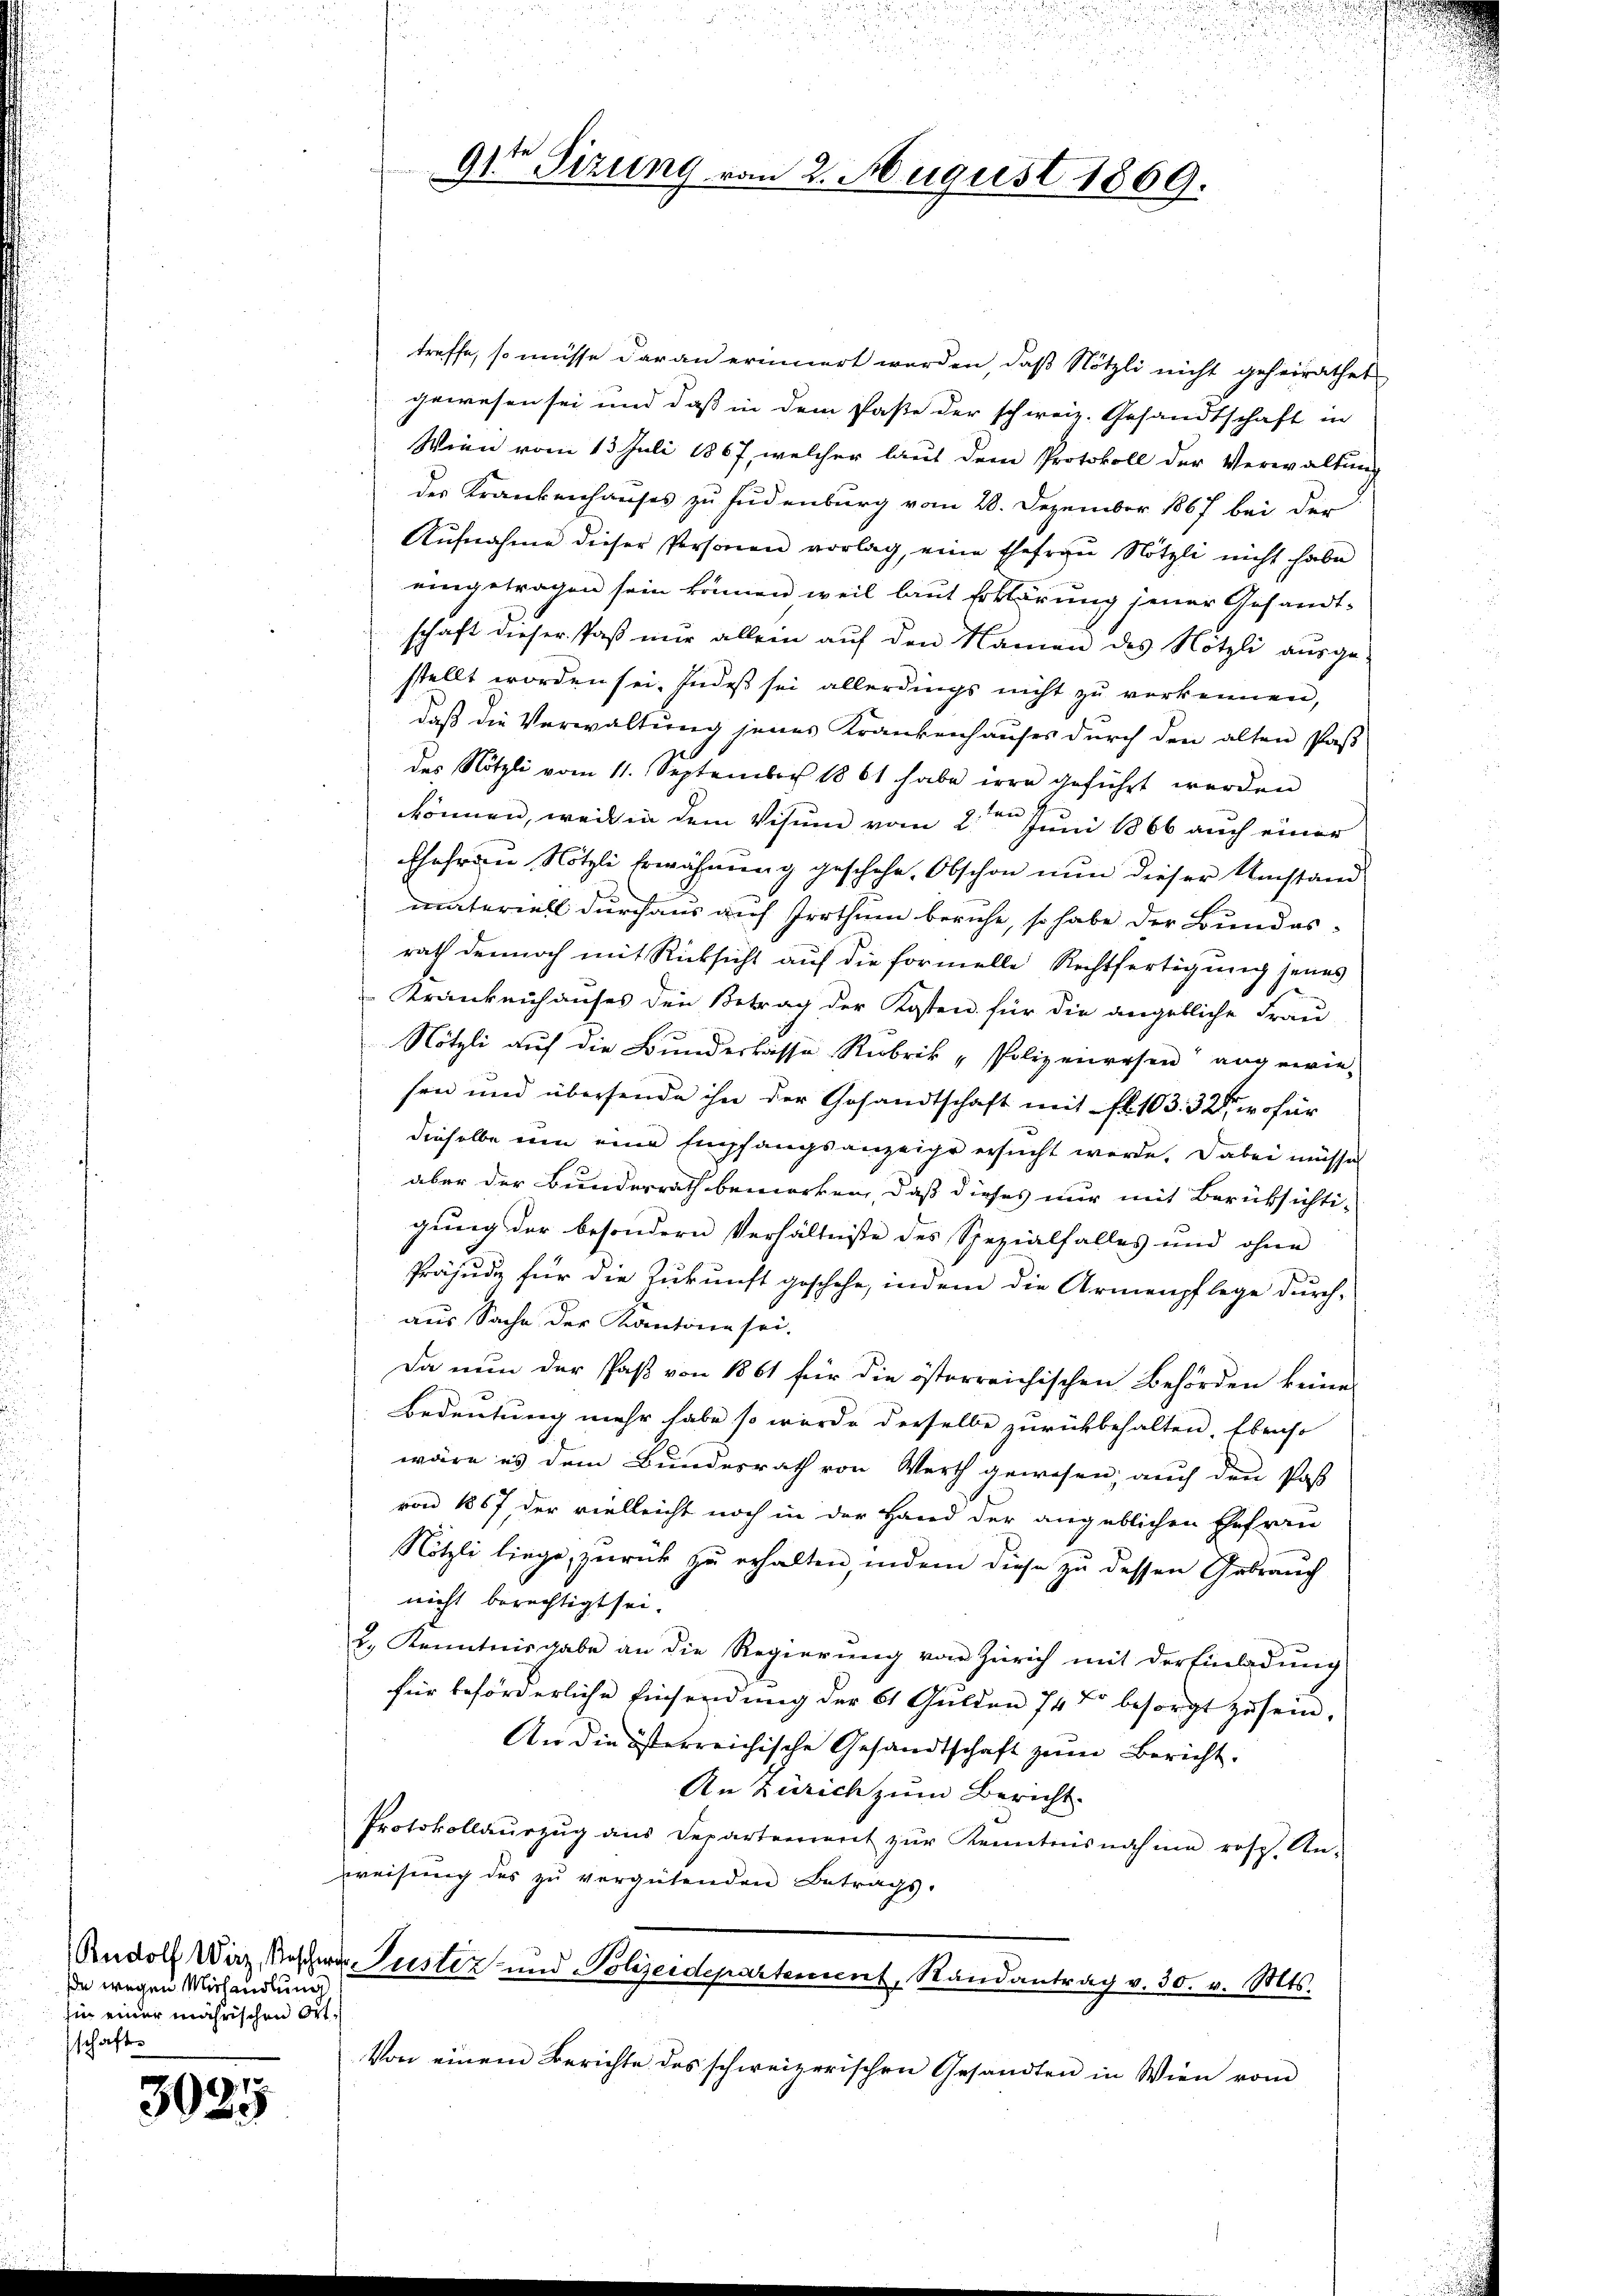
de wegen Michandlung
zin einer mährischen Ortsschafte

3025

91ten Sizung vom 2. August 1869.

treffe, so müsse daran erinnert werden, daß Nötzli nicht geheirathet
gewesen sei und daß in dem Paste der schweiz. Gesandtschaft in
Wien vom 13. Juli 1867, welcher laut dem Protokoll der Verwaltung
der Krankenhauses zu Fudenburg vom 28. Dezember 1867 bei der
Aufnahme dieser Personen vorlag, eine Ehefrau Nötzli nicht habe
eingetragen sein können weil laut Erklärung jener Gesandt-
schaft dieser Paß nur allein auf den Namen des Nötzli ausge-
stellt worden sei. Indeß sei allerdings nicht zu verkennen,
daß die Verwaltung jenes Krankenhauses durch den alten Paß
des Nötzli vom 11. September 1861 habe irre geführt werden
können, weil in dem Visum vom 2te͇n Juni 1866 auch einer
Ehefrau Nötzli Erwähnung geschehe. Obschon nun dieser Umstand
materiell durchaus auf Irrthum beruhe, so habe der Bundes-
rath dennoch mit Rücksicht auf die formelle Rechtfertigung seines
Krankenhauses den Betrag der Kosten für die angebliche Frau
Nötzli auf die Bundeskasse Rubrik „Polizeiwesen angewie-
sen und übersende ihn der Gesandtschaft mit fl. 103. 32, wofür
dieselbe um eine Empfangsanzeige ersucht werde. Dabei müssen
aber der Bunderrath bemerken, daß dieses nur mit Berüksichti-
gung der besondern Verhältniße des Spezialfalles und ohne
Präjudiz für die Zukunft geschehe, indem die Armenpflege durch-
aus Sache der Kantone sei.
Da nun der Paß von 1861 für die österreichischen Behörden keine
Bedeutung mehr habe so wurde derselbe zurückbehalten, Ebenso
wäre es dem Bundesrath von Werth gewesen, auch den Past
von 1867, der vielleicht noch in der Hand der angeblichen Ehefrau
Nötzli liege, zurück zu erhalten, indem diese zu dessen Gebrauch
nicht berechtigt sei.
2. Kenntnisgabe an die Regierŭng von Zürich mit der Einladŭng
für beförderliche Einsendung der 61 Gulden 14 Xr besorgt zŭ sein.
An die österreichische Gesandtschaft zum Bericht.
An Zürich zum Bericht.
Protokollaŭszŭg ans Departement zŭr Kenntnisnahme rosp. An-
weisung des zu vergütenden Betrags-
udolf Wirz, Bescher Justiz und Polizeidepartement, Randantrag v. 30. v. Mts.
Von einem Berichte des schweizerischen Gesandten in Wien vom